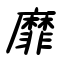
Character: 靡